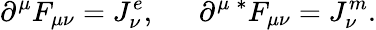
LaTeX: \partial^{\mu}F_{\mu\nu}=J_{\nu}^{e},~~~~~~\partial^{\mu}\, {^\ast}F_{\mu\nu}=J_{\nu}^{m}.